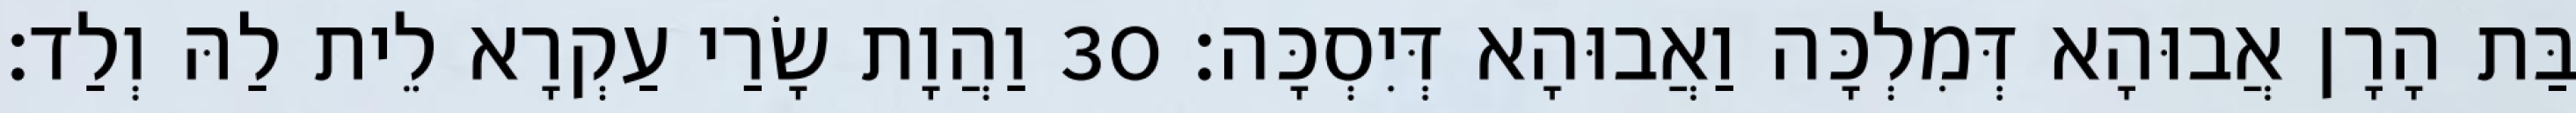
בַּת הָרָן אֲבוּהָא דְּמִלְכָּה וַאֲבוּהָא דְּיִסְכָּה׃ 30 וַהֲוָת שָׂרַי עַקְרָא לֵית לַהּ וְלַד׃